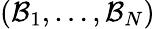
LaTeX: (\mathcal{B}_{1},\dots,\mathcal{B}_{N})